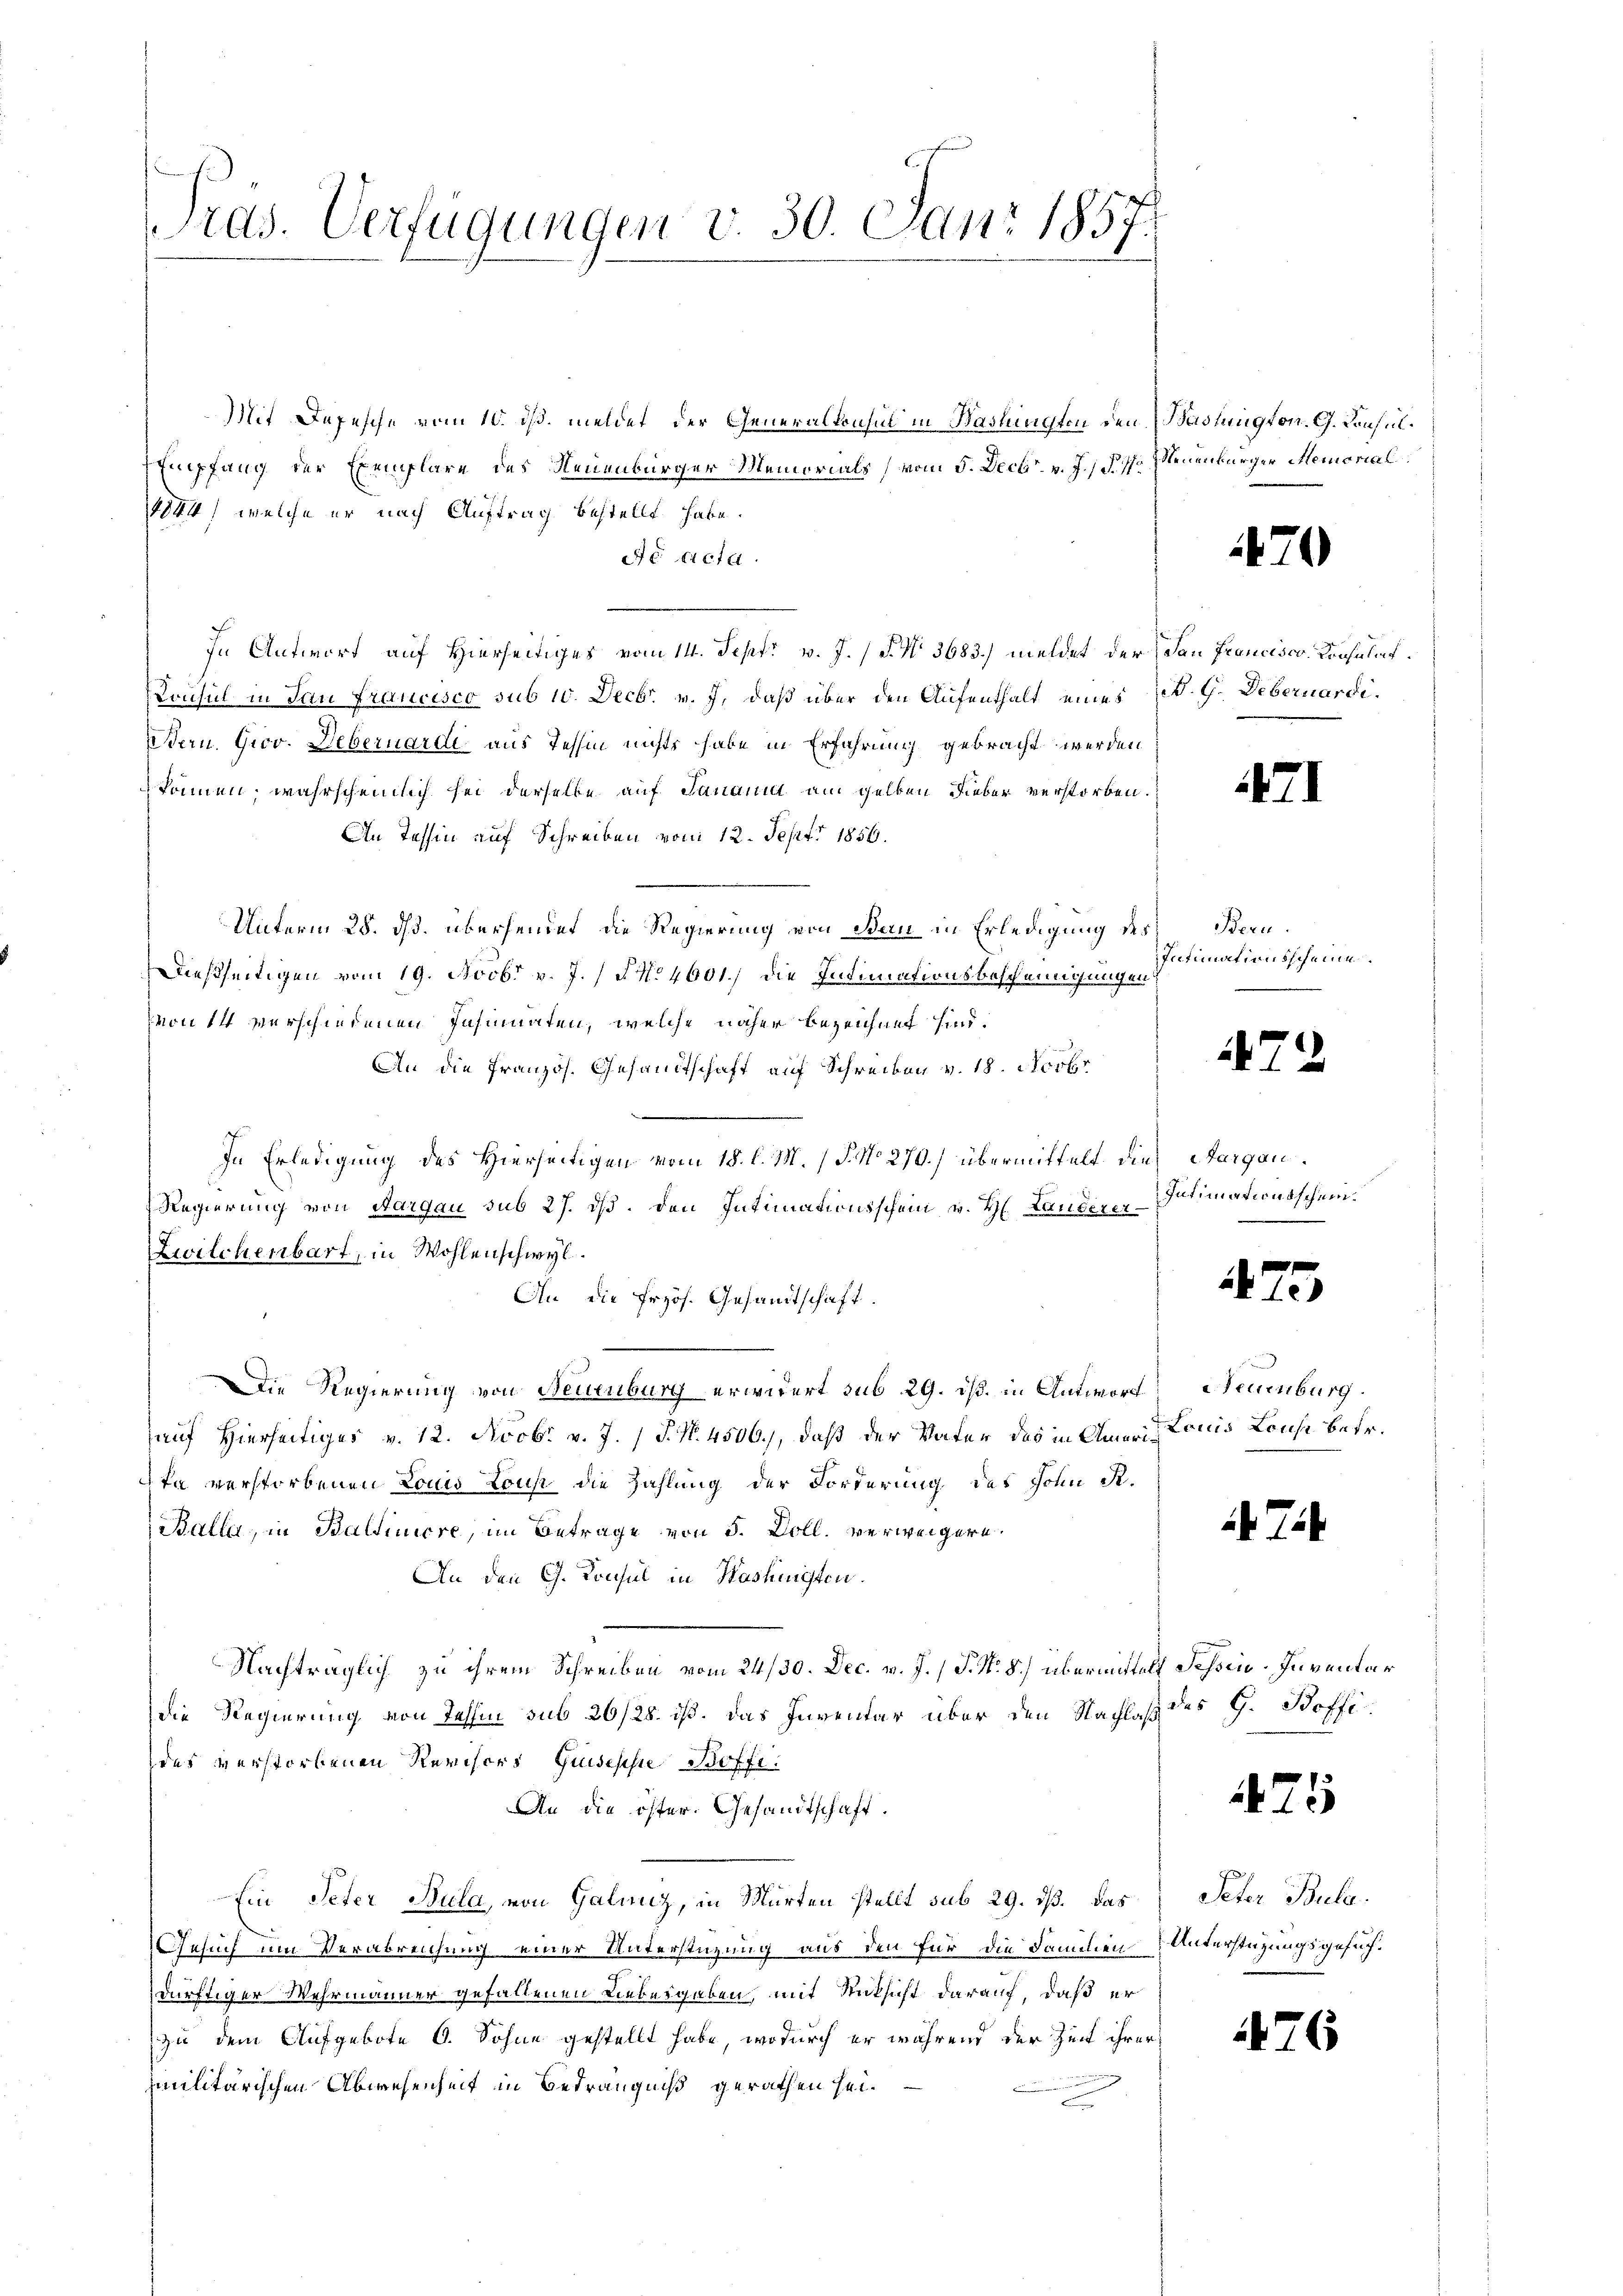
Pras. Verfügungen v. 30. Juni 1857.

Mit Depesche vom 10. ds. meldet der Generalkonsul in Haslingten den Baslington. G. Konsul¬
Empfang der Exemplare des Neuenburger Memorials (vom 5. Decbr. v. J. P. 7. Neuenburger Memorial
1) welche er nach Auftrag bestellt habe.
c dicta
In Antwort auf Hierseitiges vom 14. Sept. v. J. (§ No. 3683) meldet der dan Francisco, Konsulat
Konsul in dan Fraucisco sub 10. Decbr. v. J. daß über den Aufenthalt eines P. G. Debernardi¬
Stern. Giov. Debernarde aus Tessin nichts habe in Erfahrung gebracht werden
können, wahrscheinlich sei derselbe auf Sanannt am gelben Lieber verstorben.
An Tessin auf Schreiben vom 12. Sept. 1856.
Unterm 28. ds. übersendet, die Regierung von Bau in Erledigung des
Ddießseitigen vom 19. Novbr. v. J. / No 4601.) Die Intimationsbescheinigungen
von 14 verschiedenen Insinuaten, welche näher bezeichnet sind.
An die Französ. Gesandtschaft auf Schreiben v. 18. Novbr
In Erledigung des Hierseitigen vom 18. l. M. P. No 270.) übermittelt die Sargau¬
Regierung von Aargau sub 27. ds. den Intimationsschein v. H. Landerer
Zwilchenbart, in Wohlenschwyl
An die frzös. Gesandtschaft.
Die Regierung von Neuenburg erwidert sub 29. ds. in Antwort Neuenburg.
auf Hierseitiges v. 12. Novbr. v. J. P. Nr. 4506), daß der Vater das in Amerin Louis Louse betr.
Ien verstorbenen Louis tous die Zahlung der Forderung des Hohn St.
Balla, in Baltiniere, im Betrage von 5. Doll. verweigere
An den G. Konsul in Hashingten.
Nachträglich zu ihrem Schreiben vom 24/30. Dec. v. J. J. N. 8) übermittelt Schrie-Inventar
die Regierung von Tessin sub 26/28. ds. das Inventar über den Nachtes des G. Boffides verstorbenen Revisors Griseschie Boffi
An die öster. Gesandtschaft.
Ein Peter Bala, von Galiz, in Murten stellt sub 29. dß. Das
Gesuch um Verabreichung einer Unterstützung aus den für die Familien Unterstüzungsgesuchdürftiger Wehrmänner gefallenen Liebesgaben, mit Rücksicht darauf, daß er
zu dem Aufgebote O. Söhne gestellt habe, wodurch er während der Zeit ihrer
imilitärischen Abwesenheit in Bedrängniß gerathen sei.
a

¬

¬

Bern.
Intimationsscheine

147

Intimationsschein.
e

2

i. Tit

2

Peter Bula.

)

)

.

5

6